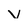
Character: V